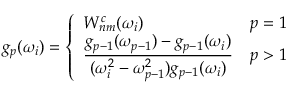
g _ { p } ( \omega _ { i } ) = \left\{ \begin{array} { l l } { W _ { n m } ^ { c } ( \omega _ { i } ) } & { p = 1 } \\ { \displaystyle \frac { g _ { p - 1 } ( \omega _ { p - 1 } ) - g _ { p - 1 } ( \omega _ { i } ) } { ( \omega _ { i } ^ { 2 } - \omega _ { p - 1 } ^ { 2 } ) g _ { p - 1 } ( \omega _ { i } ) } } & { p > 1 } \end{array} \right.